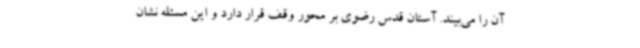
آن را می‌بیند. آستان قدس رضوی بر محور وقف قرار دارد و این مسئله نشان